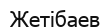
Жетібаев